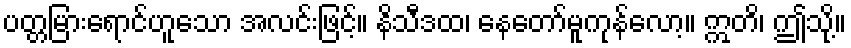
ပတ္တမြားရောင်ဟူသော အလင်းဖြင့်။ နိသီဒထ၊ နေတော်မူကုန်လော့။ ဣတိ၊ ဤသို့။